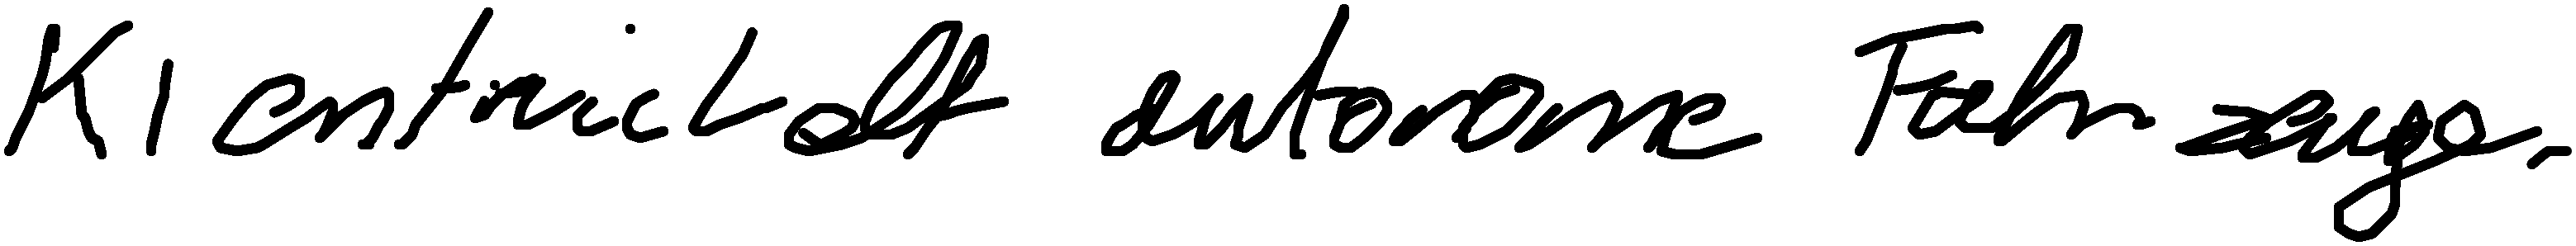
KI entwickelt autonome Fahrzeuge.